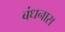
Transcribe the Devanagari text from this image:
बंधनास